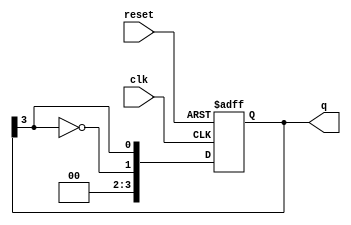
module johnson_counter #(
    parameter N = 4  // Number of flip-flops
)(
    input wire clk,        // Clock signal
    input wire reset,      // Synchronous reset signal
    output reg [N-1:0] q   // Counter output
);

// Sequential logic for the Johnson counter
always @(posedge clk or posedge reset) begin
    if (reset) begin
        // Initialize the counter to 0 on reset
        q <= 0;
    end else begin
        // Johnson counter logic
        q <= {~q[N-1], q[N-1:N-1]}; // Shift and feedback inverted last bit
    end
end

endmodule